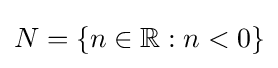
N=\{n\in \mathbb {R} :n<0\}